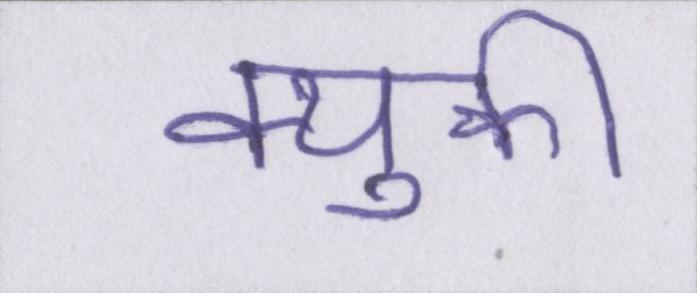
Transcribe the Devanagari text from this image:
क्युकी